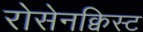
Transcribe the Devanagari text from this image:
रोसेनक्विस्ट